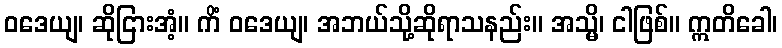
ဝဒေယျ၊ ဆိုငြားအံ့။ ကိံ ဝဒေယျ၊ အဘယ်သို့ဆိုရာသနည်း။ အသ္မိ၊ ငါဖြစ်။ ဣတိခေါ၊